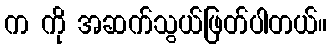
က ကို အဆက်သွယ်ဖြတ်ပါတယ်။